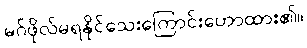
မဂ်ဖိုလ်မရနိုင်သေးကြောင်းဟောထား၏။